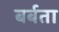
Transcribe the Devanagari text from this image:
बर्बता